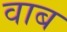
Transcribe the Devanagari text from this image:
वाब